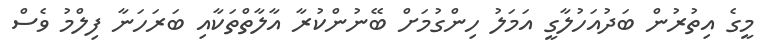
މީގެ އިތުރުން ބަދުއަހުލާގީ އަމަލު ހިންގުމަށް ބޭނުންކުރާ އާލާތްތަކާއި ބަރަހަނާ ފިލްމު ވެސް